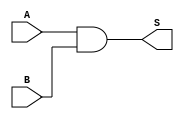
`timescale 1ns / 1ps
//////////////////////////////////////////////////////////////////////////////////
// Company: 
// Engineer: 
// 
// Design Name: 
// Module Name:    and64 
// Project Name: 
// Target Devices: 
// Tool versions: 
// Description: 
//
// Dependencies: 
//
// Revision: 
// Revision 0.01 - File Created
// Additional Comments: 
//
//////////////////////////////////////////////////////////////////////////////////
module and64(
    input [63:0] A,
    input [63:0] B,
    output [63:0] S
    );
	
	assign S = A & B;

endmodule